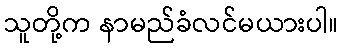
သူတို့က နာမည်ခံလင်မယားပါ။